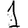
Digit: 1